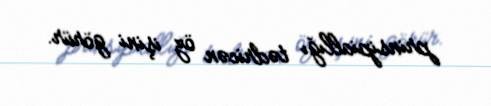
prinsipiallığı tədricən öz işini görür.